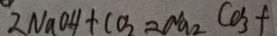
2 N a O H + C O _ { 2 } = N a _ { 2 } C O _ { 3 } +